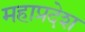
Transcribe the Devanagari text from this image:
महाप्रदेश